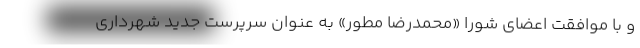
و با موافقت اعضای شورا «محمدرضا مطور» به عنوان سرپرست جدید شهرداری